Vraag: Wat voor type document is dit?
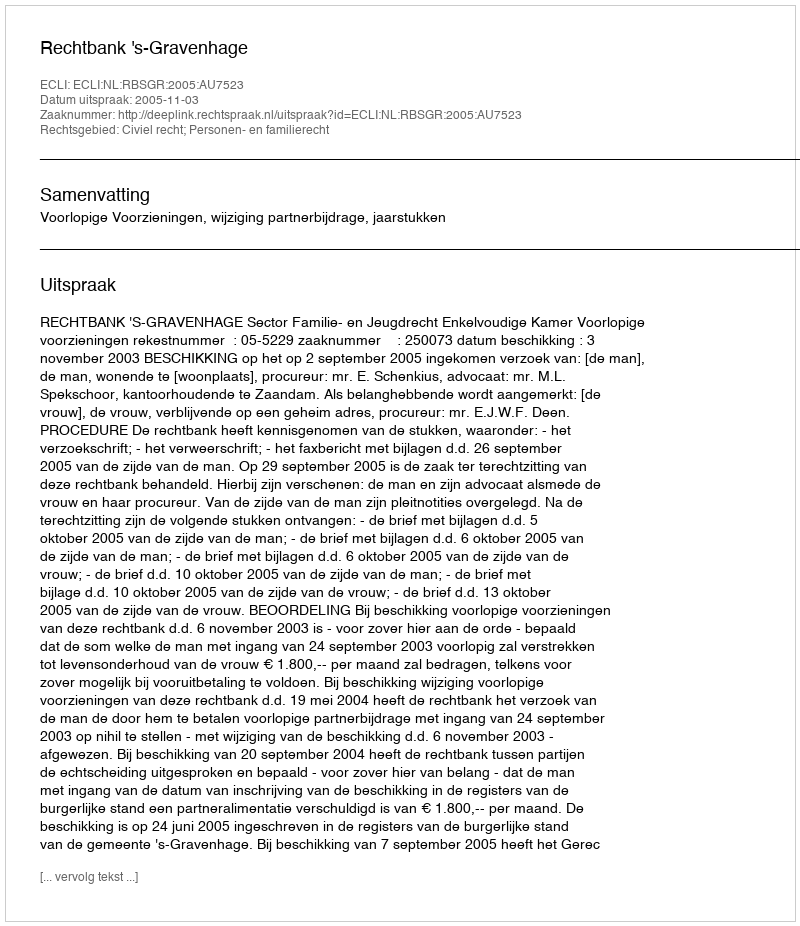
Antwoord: Uitspraak